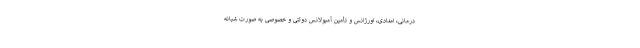
درمانی، امدادی، اورژانس و تأمین آمبولانس دولتی و خصوصی به صورت شبانه